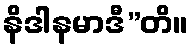
နိဒါနမာဒီ”တိ။